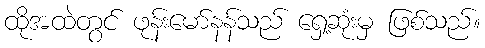
ထိုအထဲတွင် ဖုန်းမော်နန်သည် ရှေ့ဆုံးမှ ဖြစ်သည်။